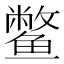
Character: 鳖